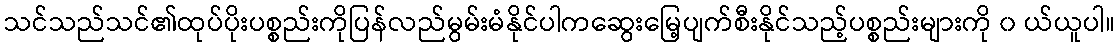
သင်သည်သင်၏ထုပ်ပိုးပစ္စည်းကိုပြန်လည်မွမ်းမံနိုင်ပါကဆွေးမြေ့ပျက်စီးနိုင်သည့်ပစ္စည်းများကို ၀ ယ်ယူပါ။